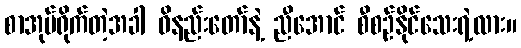
စာအုပ်ရိုက်တဲ့အခါ ဝိနည်းတော်နဲ့ ညီအောင် စီစဉ်နိုင်သေးရဲ့လား။